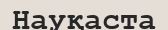
Науқаста